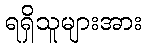
ရရှိသူများအား